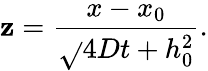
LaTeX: \mathbf{z}=\frac{{x-x_{0}}}{{\sqrt{}{{4Dt+h_{0}^{2}}}}}.